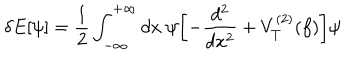
\delta E [ \psi ] = { \frac { 1 } { 2 } } \int _ { - \infty } ^ { + \infty } d x ~ \psi \biggl [ - { \frac { d ^ { 2 } } { d x ^ { 2 } } } + V _ { T } ^ { ( 2 ) } ( f ) \biggr ] \psi